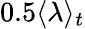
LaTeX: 0.5\langle\lambda\rangle_{t}